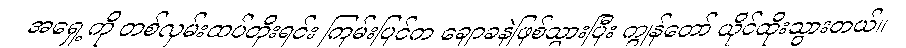
အရှေ့ကို တစ်လှမ်းထပ်တိုးရင်း ကြမ်းပြင်က ချောခနဲဖြစ်သွားပြီး ကျွန်တော် ယိုင်ထိုးသွားတယ်။